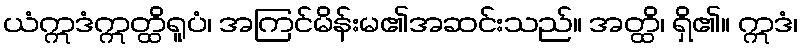
ယံဣဒံဣတ္ထိရူပံ၊ အကြင်မိန်းမ၏အဆင်းသည်။ အတ္ထိ၊ ရှိ၏။ ဣဒံ၊